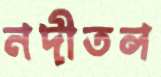
নদীতল